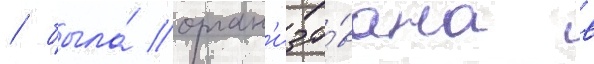
/ была́ орган'изо́вана в